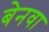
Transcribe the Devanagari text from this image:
बेनवा